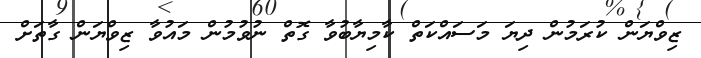
ޒިވްޔަން ކުރަމުން ދިޔަ މަސައްކަތް ކާމިޔާބުވާ ގޮތް ނުވުމުން މައުވާ ޒިވްޔަން ގާތަށް